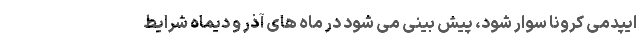
ایپدمی کرونا سوار شود، پیش بینی می شود در ماه های آذر و دیماه شرایط